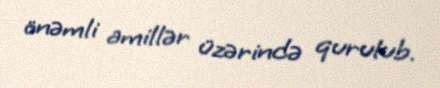
önəmli amillər üzərində qurulub.